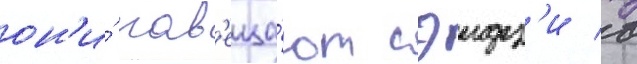
он'и́ нав'еща́ют сэидз'и в